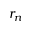
r _ { n }